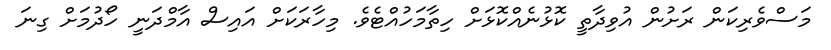
މަސްވެރިކަން ރަށުން އުވިދާތީ ކޮޅުނެއްކޮޅަށް ހިތާމަހުއްޓެވެ. މިހާރަކަށް އައިސް އާމްދަނީ ހޯދުމަށް ގިނަ